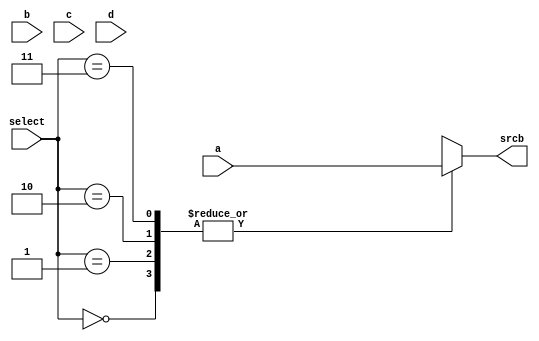
module MUX4_1 #(
parameter WIDTH = 32
)
(
input [WIDTH-1:0] a,
input [WIDTH-1:0] b,
input [WIDTH-1:0] c,
input [WIDTH-1:0] d,
input [1:0] select,
output reg [WIDTH-1:0] srcb
);
always @(*)

begin
case (select)
	0:begin 
	 srcb = a;
	end
	1:begin 
	 srcb = a;
	end
	2:begin 
	 srcb = a;
	end
	3:begin 
	 srcb = a;
	end
endcase
end
endmodule